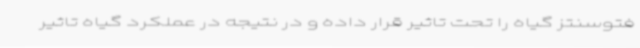
فتوسنتز گیاه را تحت تاثیر قرار داده و در نتیجه در عملکرد گیاه تاثیر